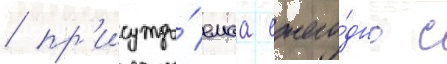
/ пр'исужда́емаа ежего́дно с